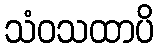
သံဝသထာပိ